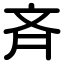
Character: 斉